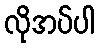
လိုအပ်ပါ